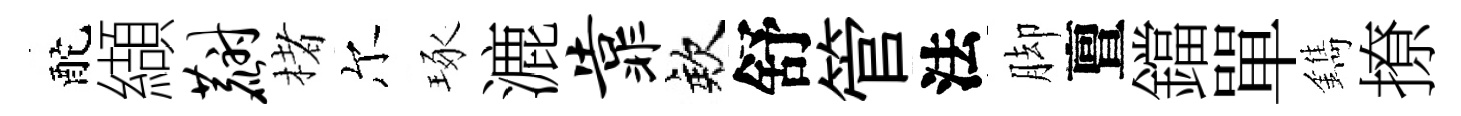
酡纈麝楮尔琢漉靠欸舒管法脚亶鐺單鐫撩